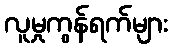
လူမှုကွန်ရက်များ